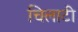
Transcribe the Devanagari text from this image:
चिलाटी